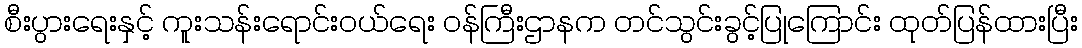
စီးပွားရေးနှင့် ကူးသန်းရောင်းဝယ်ရေး ဝန်ကြီးဌာနက တင်သွင်းခွင့်ပြုကြောင်း ထုတ်ပြန်ထားပြီး